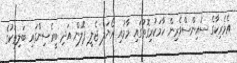
އެމެރިކާގެ ސައިންސްވެރިން ހާމަކުރިގޮތުގައި މާމުއި ރޯޔަލް ޖެލީ ޕޮލަން އަދި ބީރެސިންގައި ބަލިތަކުގެ